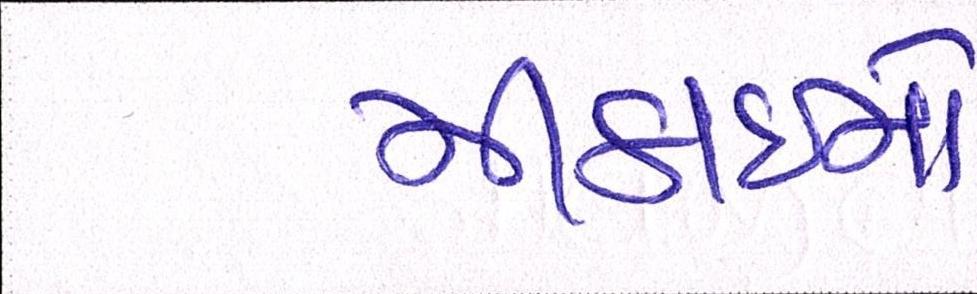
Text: મીઠાઈનો